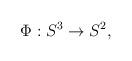
LaTeX: \begin{align*}\Phi: S^3 \rightarrow S^2,\end{align*}